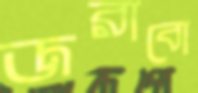
জরাবো